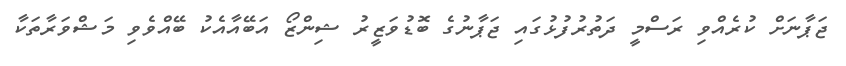
ޖަޕާނަށް ކުރެއްވި ރަސްމީ ދަތުރުފުޅުގައި ޖަޕާނުގެ ބޮޑުވަޒީރު ޝިންޒޯ އަބޭއާއެކު ބޭއްވެވި މަޝްވަރާތަކާ